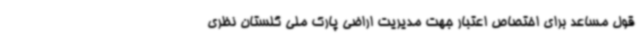
قول مساعد برای اختصاص اعتبار جهت مدیریت اراضی پارک ملی گلستان نظری